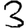
Digit: 3